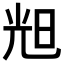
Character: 𣆥